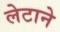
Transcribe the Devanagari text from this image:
लेटाने